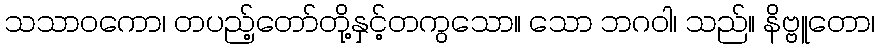
သသာဝကော၊ တပည့်တော်တို့နှင့်တကွသော။ သော ဘဂဝါ၊ သည်။ နိဗ္ဗူတော၊